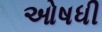
ઓષધી